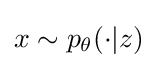
x\sim p_{\theta }(\cdot |z)